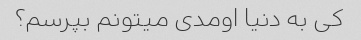
کی به دنیا اومدی میتونم بپرسم؟